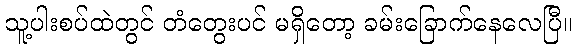
သူ့ပါးစပ်ထဲတွင် တံတွေးပင် မရှိတော့ ခမ်းခြောက်နေလေပြီ။